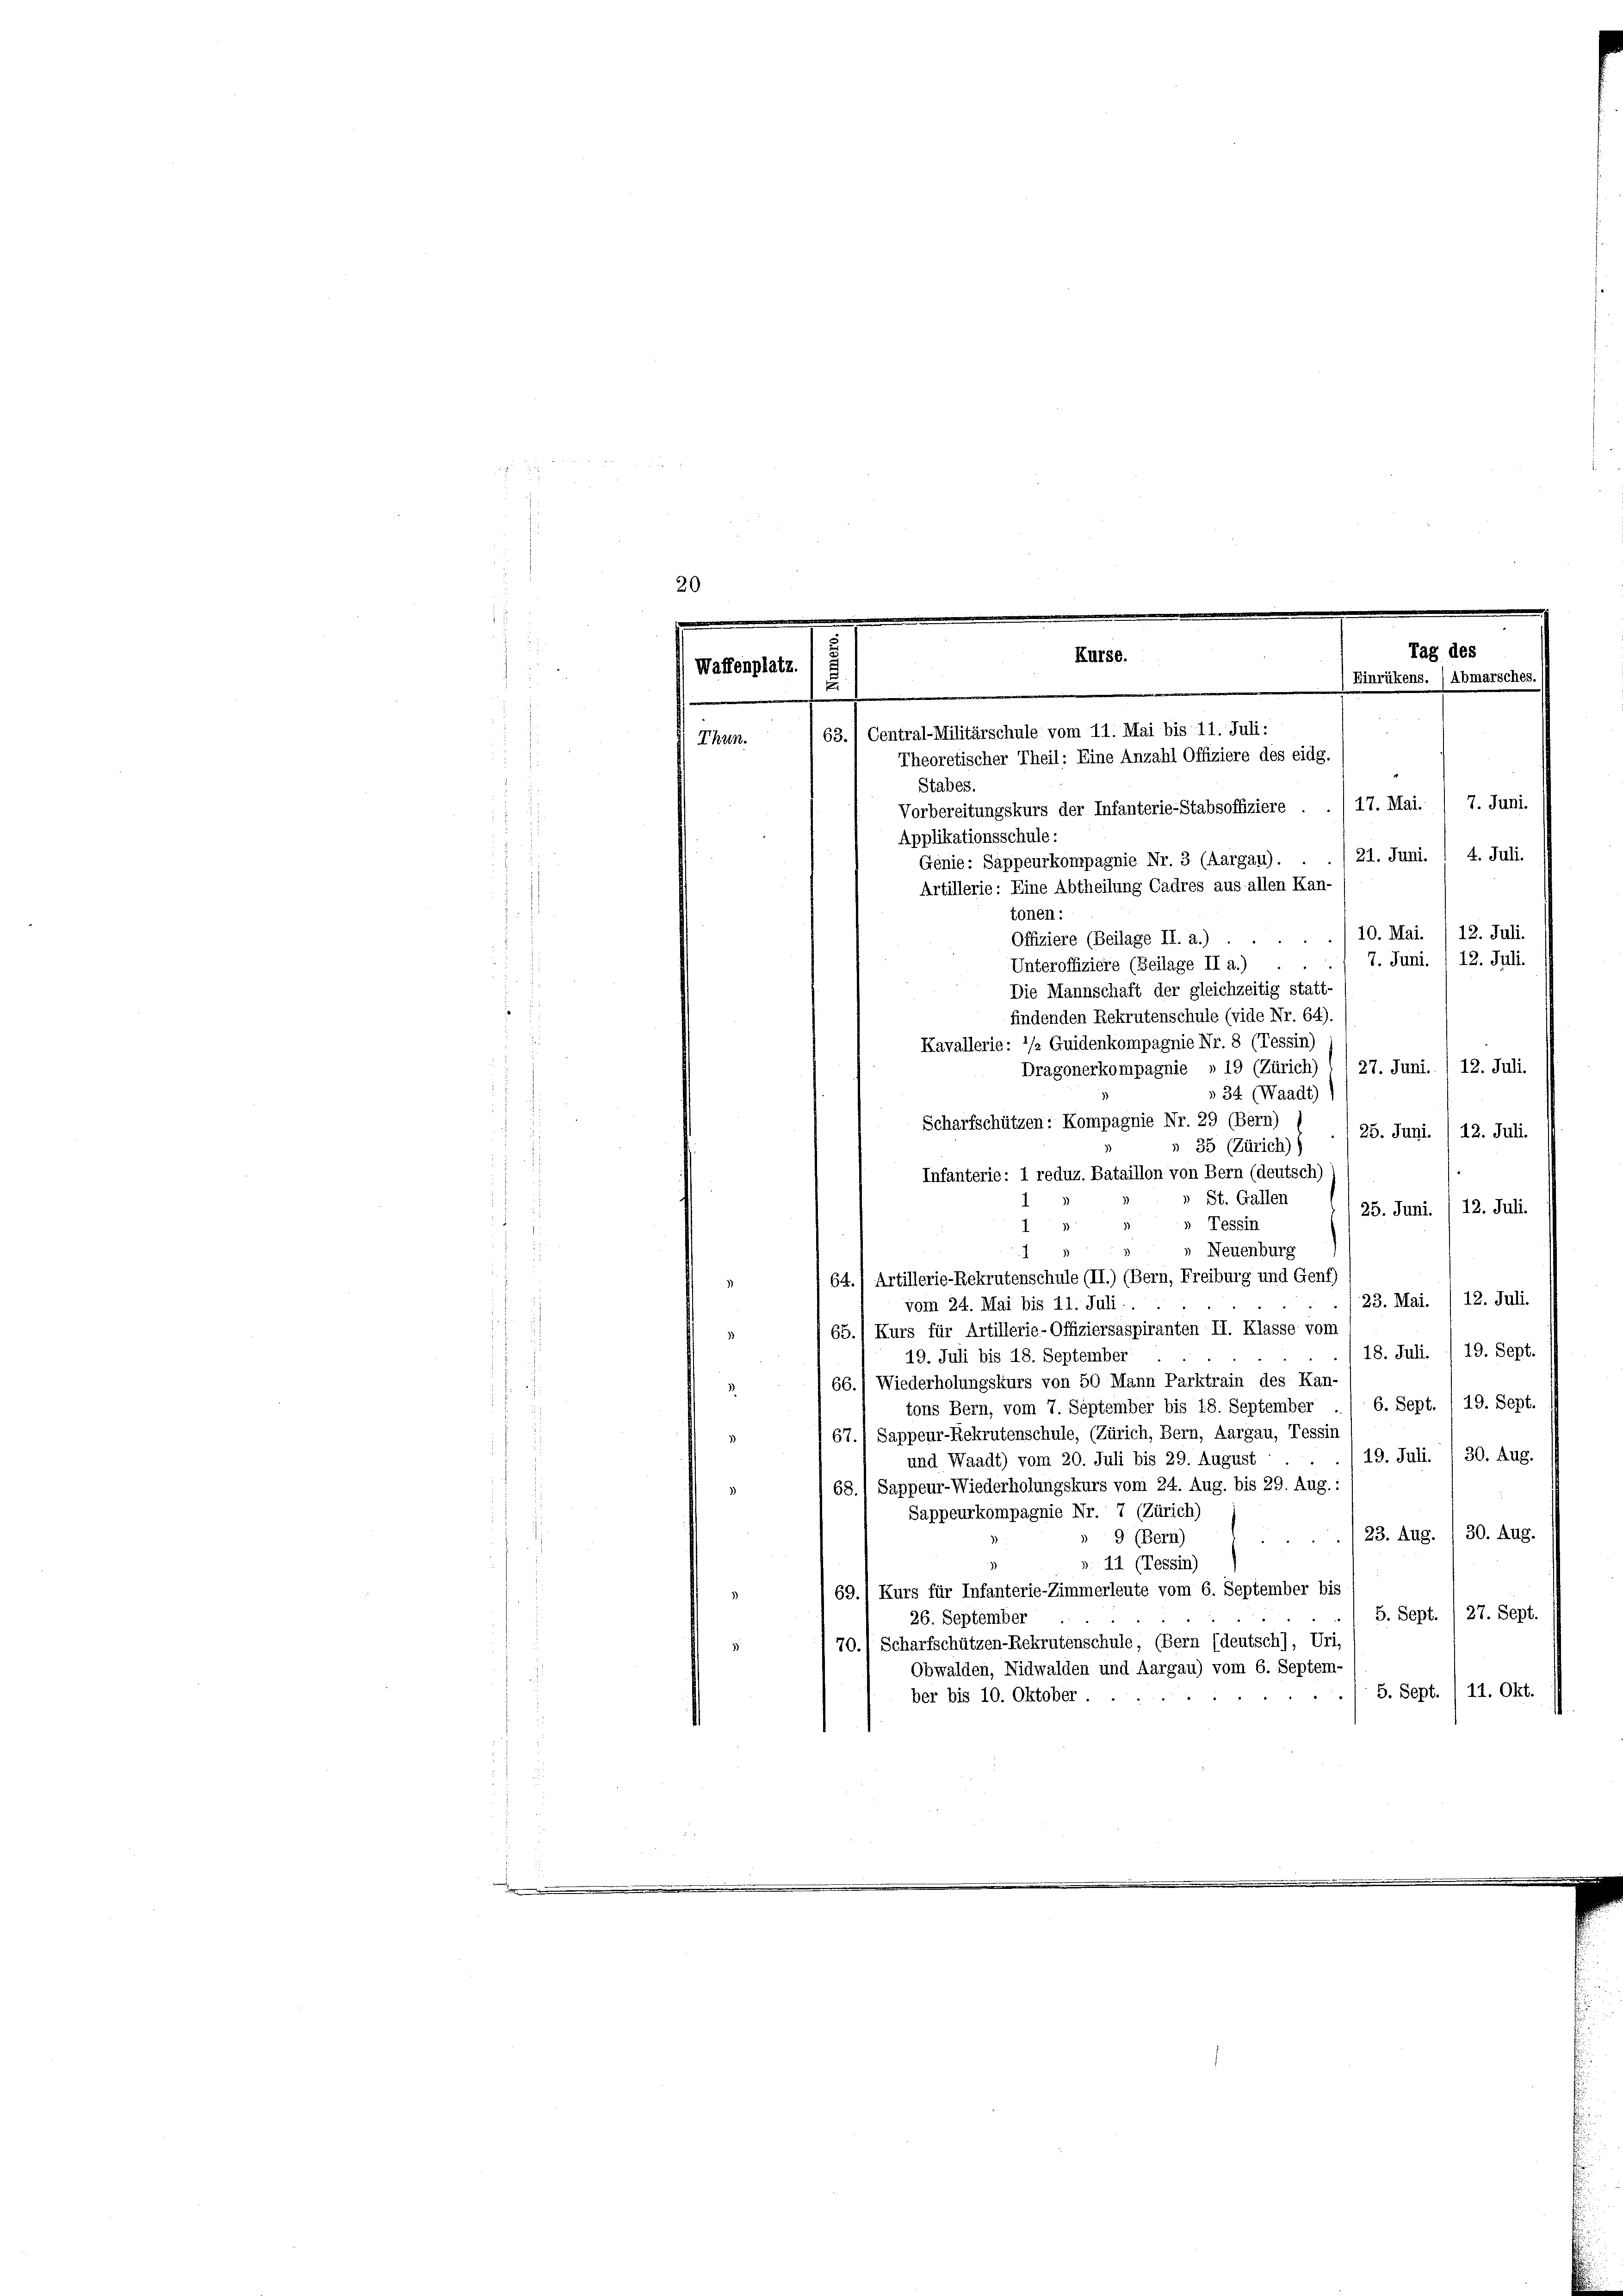
20
Tag des
Kurse.
Waffenplatz.
) Einrükens. ) Abmarsches.
e
63. Central-Militärschule vom 11. Mai bis 11. Juli:
Thun.
Theoretischer Theil: Eine Anzahl Offiziere des eidg.
Stabes.

17. Mai. / 7. Juni.
Vorbereitungskurs der Infanterie-Stabsoffiziere
Applikationsschule:
21. Juni. 1 4. Juli.
Artillerie: Eine Abtheilung Cadres aus allen Kan-
tonen:
10. Mai. /12. Juli.
Offiziere (Beilage II. a.)
7. Juni. 1 12. Juli
Unteroffiziere (Beilage II a.)
Die Mannschaft der gleichzeitig statt-
findenden Rekrutenschule (vide Nr. 64).
Kavallerie: */2 Guidenkompagnie Nr. 8 (Tessin,
27. Juni. /12. Juli.
Dragonerkompagnie » 19 (Zürich)
» 34 (Waadt)
Scharfschützen: Kompagnie Nr. 29 (Bern)
125. Juni. / 12. Juli
» 35 (Zürich) (
Infanterie: 1 reduz. Bataillon von Bern (deutsch).
St. Gallen
12. Juli.
25. Juni.
 Tessin
I.
.
Neuenburg
64.) Artillerie-Rekrutenschule (II.) (Bern, Freiburg und Genf)
23. Mai. /12. Juli.
vom 24. Mai bis 11. Juli.
Kurs für Artillerie-Offiziersaspiranten II. Klasse vom
65
18. Juli. /19. Sept.
19. Juli bis 18. September
66.) Wiederholungskurs von 50 Mann Parktrain des Kan-
3
19. Sept.
6. Sept.
tons Bern, vom 7. September bis 18. September
67. Sappeur-Rekrutenschule, (Zürich, Bern, Aargau, Tessit
3
19. Juli 30. Aug.
und Waadt) vom 20. Juli bis 29. August
68.) Sappeur-Wiederholungskurs vom 24. Aug. bis 29. Aug. :
Sappeurkompagnie Nr. 7 (Zürich)
30. Aug.
23. Aug.
9 (Bern)
». 11 (Tessin)
69.) Kurs für Infanterie-Zimmerleute vom 6. September bis
5. Sept. /27. Sept.
26. September
70.) Scharfschützen-Rekrutenschule (Bern (deutsch), Uri,
Obwalden, Nidwalden und Aargau) vom 6. Septem
5. Sept. 1 11. Okt.
ber bis 10. Oktober.

Genie: Sappeurkompagnie Nr. 3 (Aargau).